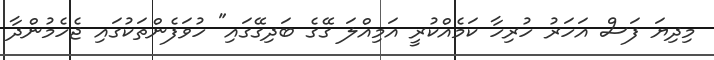
މިދިޔަ ފަސް އަހަރު ހުރިހާ ކަމެއްކުރީ އަމިއްލަ ގޭގެ ބަދިގޭގައި" ހުވަފެންތަކުގައި ޖެހެމުންދާ